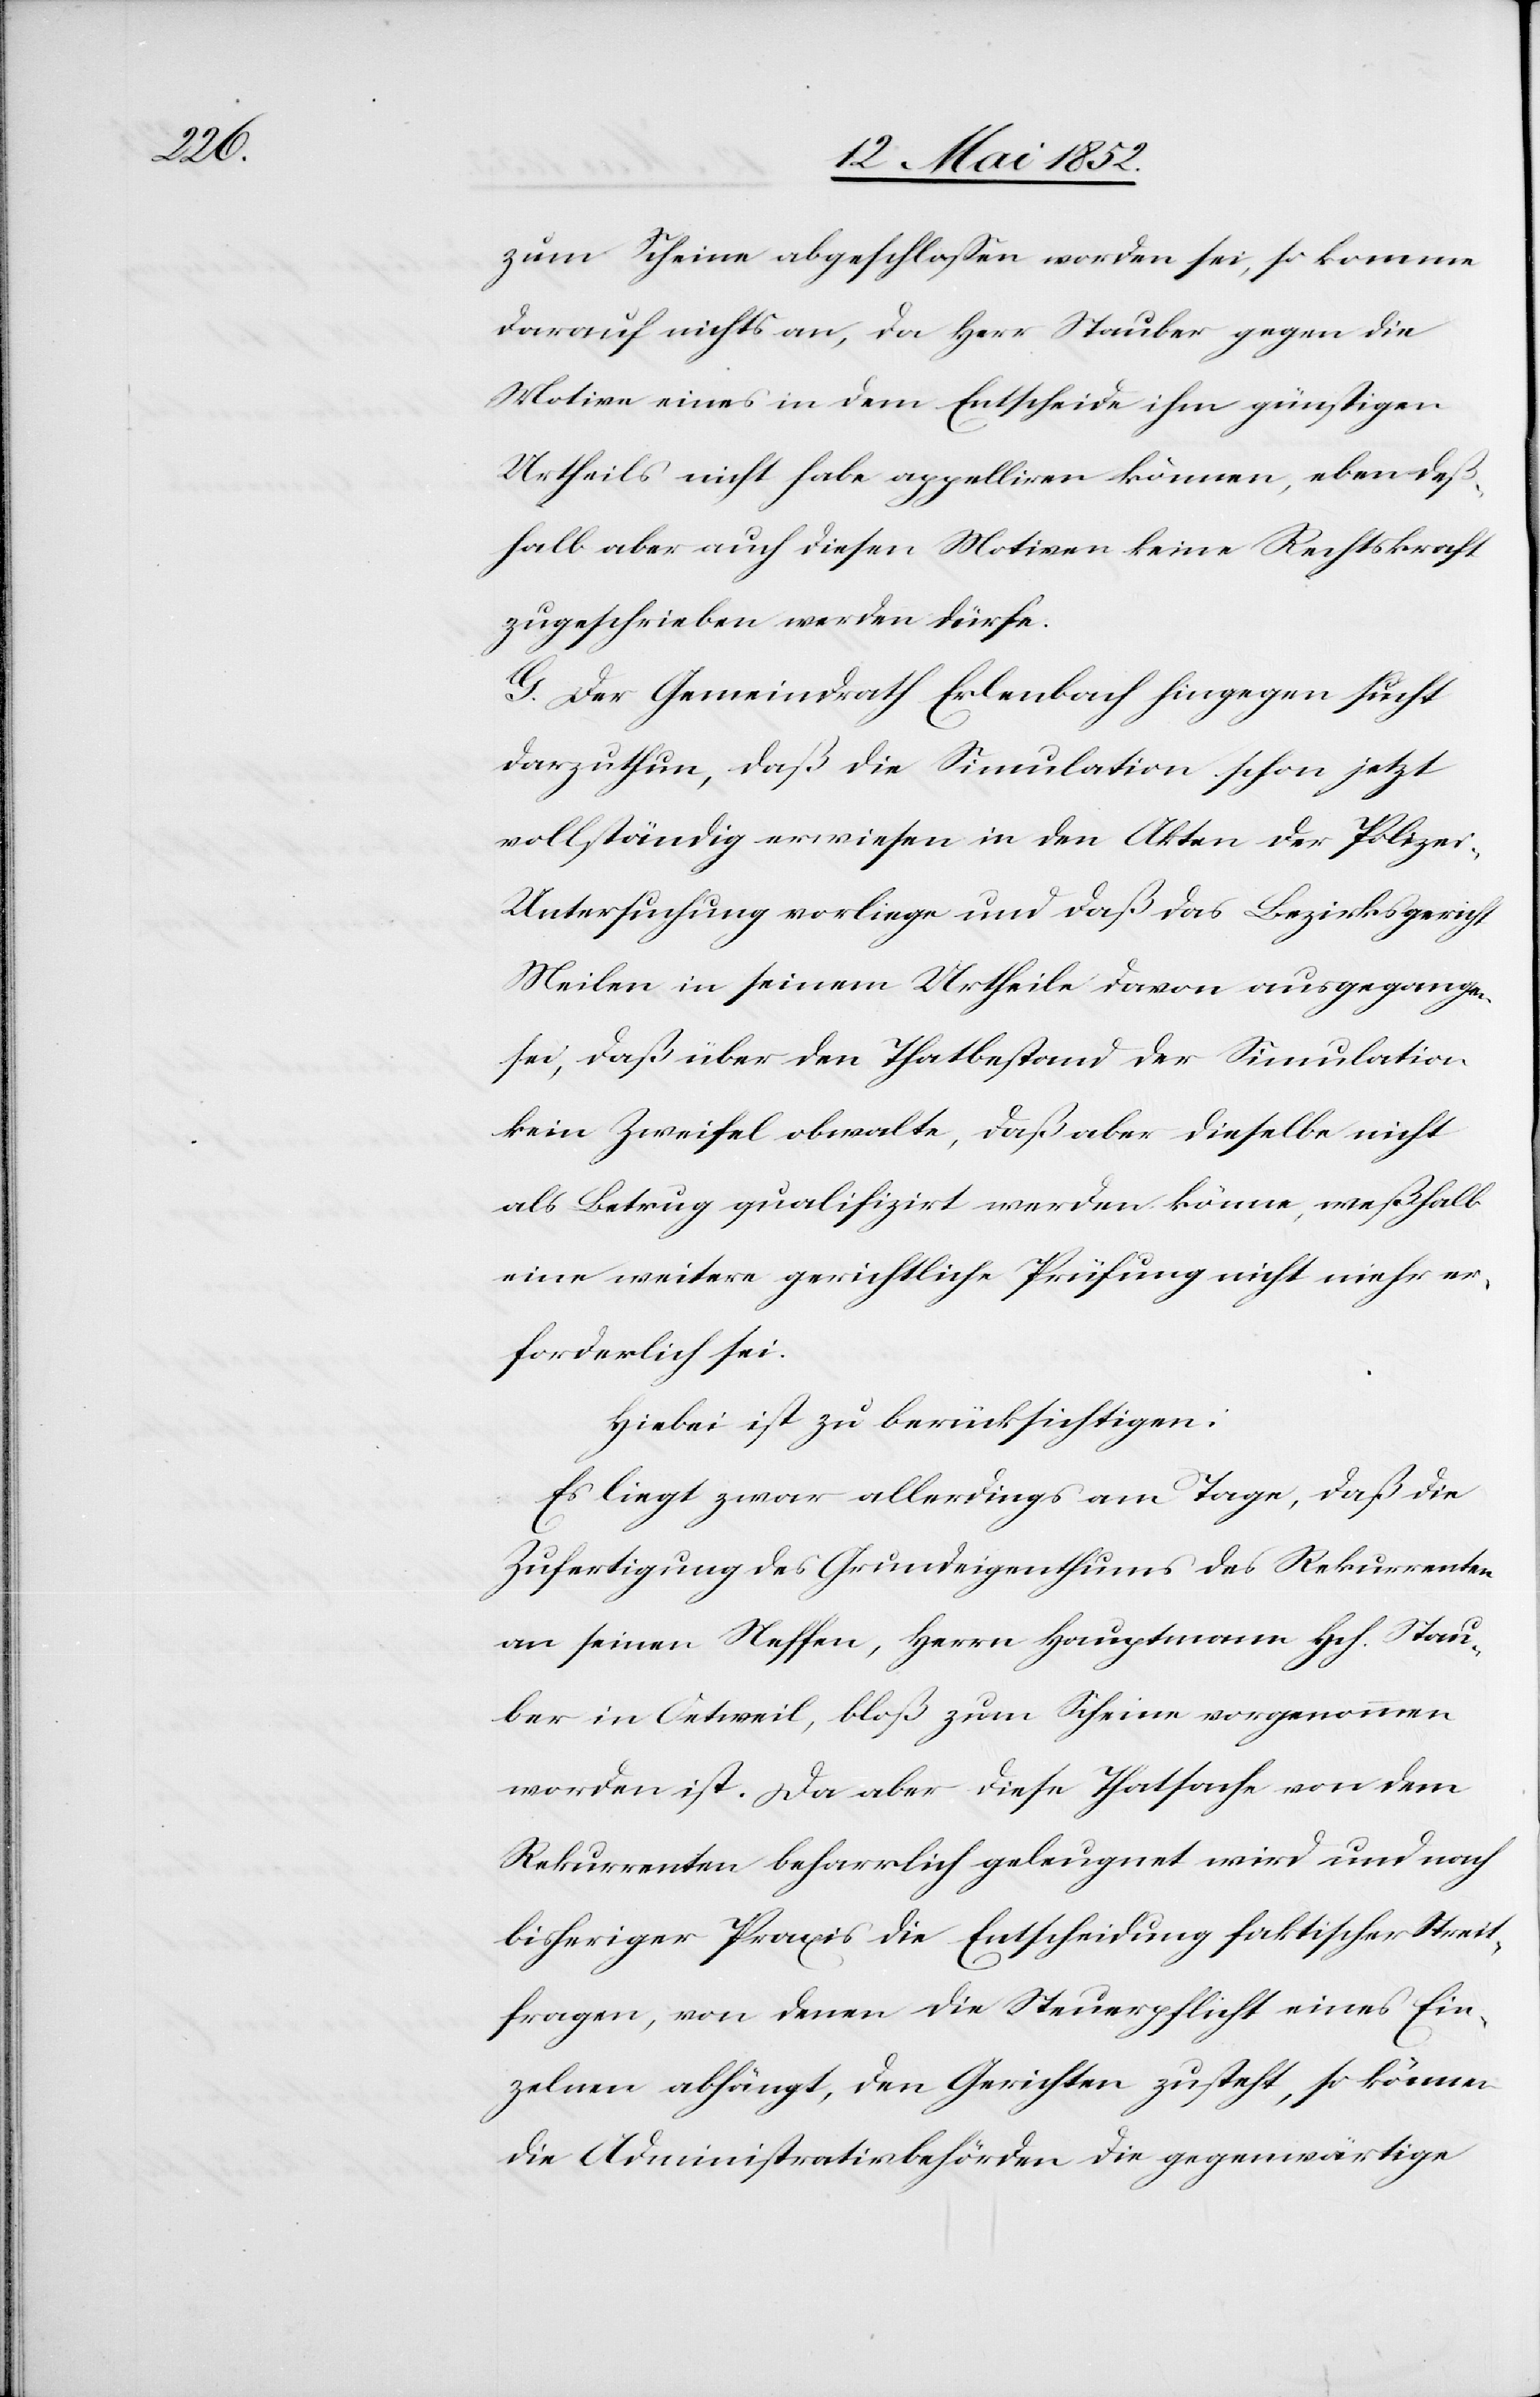
zum Scheine abgeschloßen worden sei, so komme
darauf nichts an, da Herr Stauber gegen die
Motive eines in dem Entscheide ihm günstigen
Urtheils nicht habe appelliren können, eben deß¬
halb aber auch diesen Motiven keine Rechtskraft
zugeschrieben werden dürfe.
G. Der Gemeindrath Erlenbach hingegen sucht
darzuthun, daß die Simulation schon jetzt
vollständig erwiesen in den Akten der Polizei-U¬
ntersuchung vorliege und daß das Bezirksgericht
Meilen in seinem Urtheile davon ausgegangen
sei, daß über den Thatbestand der Simulatio¬
n Zweifel obwalte, daß aber dieselbe nicht
als Betrug qualifizirt werden könne, weßhalb
eine weitere gerichtliche Prüfung nicht mehr er¬
forderlich sei.
Hiebei ist zu berücksichtigen:
Es liegt zwar allerdings am Tage, daß die
Zufertigung des Grundeigenthums des Rekurrenten
an seinen Neffen, Herrn Hauptmann Hch. Stau¬
be in Oetweil, bloß zum Scheine vorgenommen
worden ist. Da aber diese Thatsache von dem
Rekurrenten beharrlich geleugnet wird und nach
bisheriger Praxis die Entscheidung faktischer Streit¬
fragen, von denen die Steuerpflicht eines Ein¬
zelnen abhängt, den Gerichten zusteht, so können
die Administrativbehörden die gegenwärtige